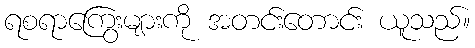
ရစရာကြွေးများကို အတင်းတောင်း ယူသည်။